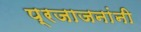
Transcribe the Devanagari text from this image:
प्रजाजनांनी